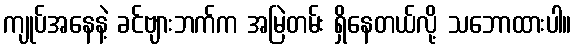
ကျုပ်အနေနဲ့ ခင်ဗျားဘက်က အမြဲတမ်း ရှိနေတယ်လို့ သဘောထားပါ။